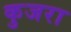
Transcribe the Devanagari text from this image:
कुजरा